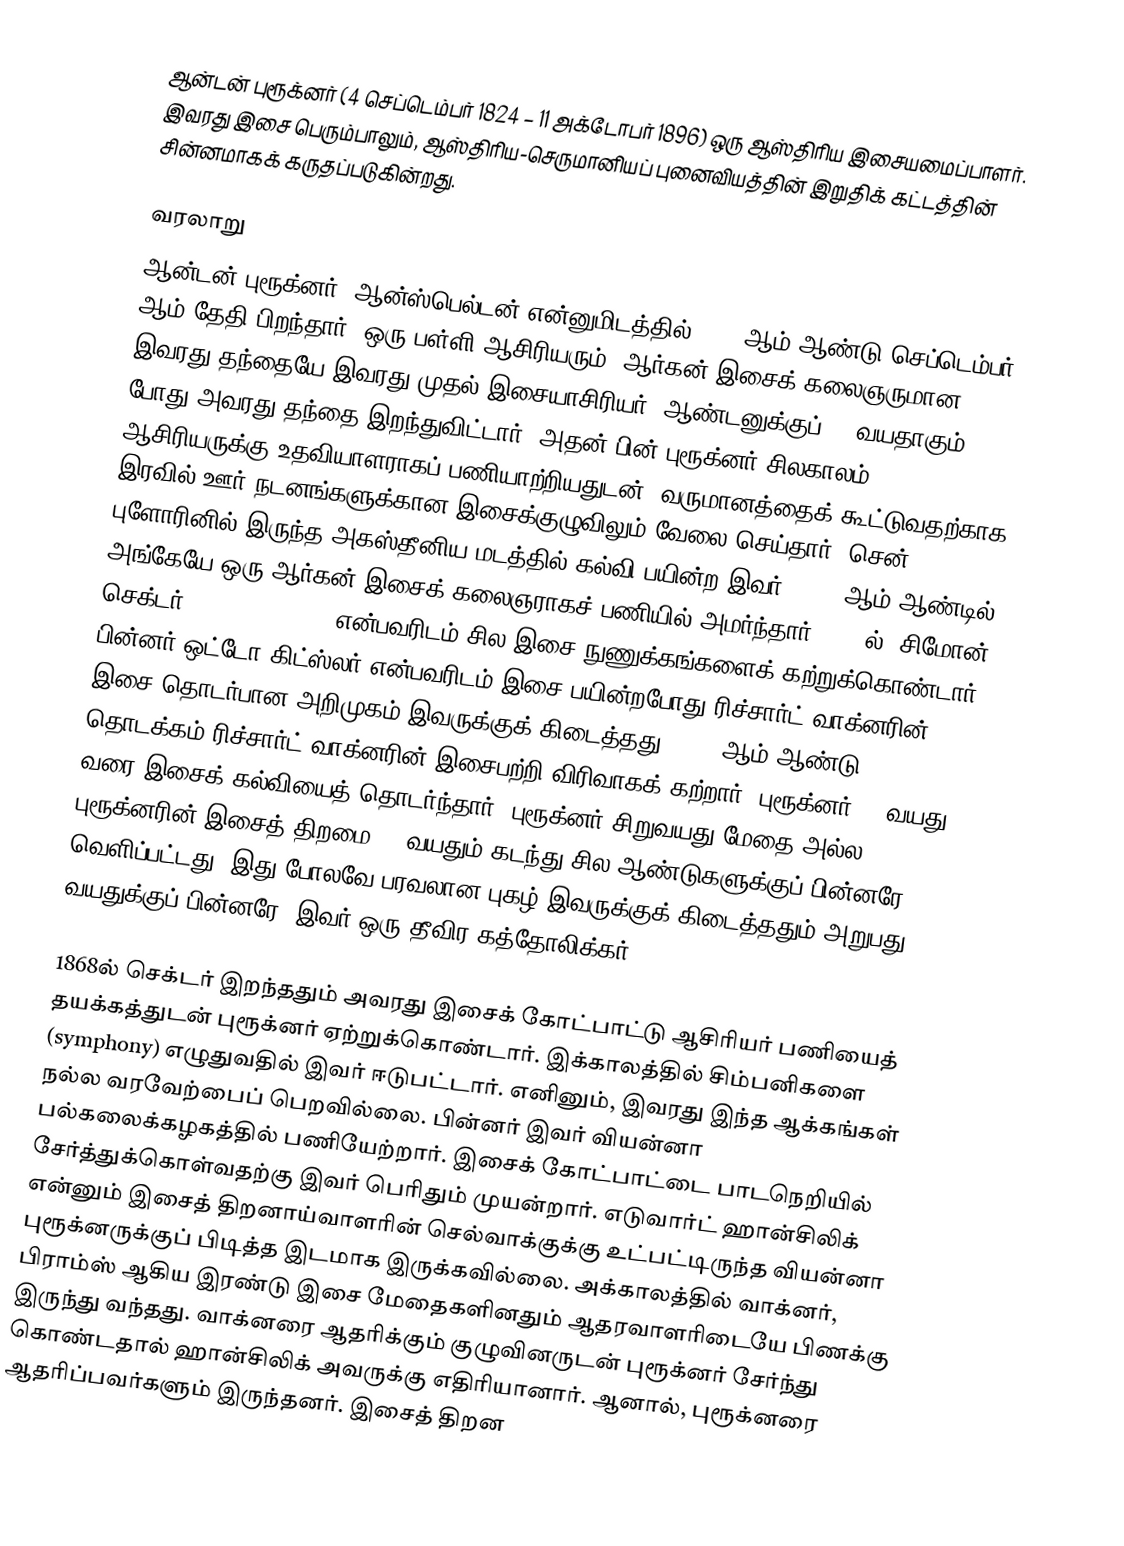
ஆன்டன் புரூக்னர் (4 செப்டெம்பர் 1824 – 11 அக்டோபர் 1896) ஒரு ஆஸ்திரிய இசையமைப்பாளர். இவரது இசை பெரும்பாலும், ஆஸ்திரிய-செருமானியப் புனைவியத்தின் இறுதிக் கட்டத்தின் சின்னமாகக் கருதப்படுகின்றது.

வரலாறு
ஆன்டன் புரூக்னர், ஆன்ஸ்பெல்டன் என்னுமிடத்தில் 1824 ஆம் ஆண்டு செப்டெம்பர் 4 ஆம் தேதி பிறந்தார். ஒரு பள்ளி ஆசிரியரும், ஆர்கன் இசைக் கலைஞருமான இவரது தந்தையே இவரது முதல் இசையாசிரியர். ஆண்டனுக்குப் 13 வயதாகும் போது அவரது தந்தை இறந்துவிட்டார். அதன் பின் புரூக்னர் சிலகாலம் ஆசிரியருக்கு உதவியாளராகப் பணியாற்றியதுடன், வருமானத்தைக் கூட்டுவதற்காக இரவில் ஊர் நடனங்களுக்கான இசைக்குழுவிலும் வேலை செய்தார். சென். புளோரினில் இருந்த அகஸ்தீனிய மடத்தில் கல்வி பயின்ற இவர், 1851 ஆம் ஆண்டில் அங்கேயே ஒரு ஆர்கன் இசைக் கலைஞராகச் பணியில் அமர்ந்தார். 1855ல், சிமோன் செக்டர் (Simon Sechter) என்பவரிடம் சில இசை நுணுக்கங்களைக் கற்றுக்கொண்டார். பின்னர் ஒட்டோ கிட்ஸ்லர் என்பவரிடம் இசை பயின்றபோது ரிச்சார்ட் வாக்னரின் இசை தொடர்பான அறிமுகம் இவருக்குக் கிடைத்தது. 1863 ஆம் ஆண்டு தொடக்கம் ரிச்சார்ட் வாக்னரின் இசைபற்றி விரிவாகக் கற்றார். புரூக்னர் 40 வயது வரை இசைக் கல்வியைத் தொடர்ந்தார். புரூக்னர் சிறுவயது மேதை அல்ல. புரூக்னரின் இசைத் திறமை 40 வயதும் கடந்து சில ஆண்டுகளுக்குப் பின்னரே வெளிப்பட்டது. இது போலவே பரவலான புகழ் இவருக்குக் கிடைத்ததும் அறுபது வயதுக்குப் பின்னரே. இவர் ஒரு தீவிர கத்தோலிக்கர்.

1868ல் செக்டர் இறந்ததும் அவரது இசைக் கோட்பாட்டு ஆசிரியர் பணியைத் தயக்கத்துடன் புரூக்னர் ஏற்றுக்கொண்டார். இக்காலத்தில் சிம்பனிகளை (symphony) எழுதுவதில் இவர் ஈடுபட்டார். எனினும், இவரது இந்த ஆக்கங்கள் நல்ல வரவேற்பைப் பெறவில்லை. பின்னர் இவர் வியன்னா பல்கலைக்கழகத்தில் பணியேற்றார். இசைக் கோட்பாட்டை பாடநெறியில் சேர்த்துக்கொள்வதற்கு இவர் பெரிதும் முயன்றார். எடுவார்ட் ஹான்சிலிக் என்னும் இசைத் திறனாய்வாளரின் செல்வாக்குக்கு உட்பட்டிருந்த வியன்னா புரூக்னருக்குப் பிடித்த இடமாக இருக்கவில்லை. அக்காலத்தில் வாக்னர், பிராம்ஸ் ஆகிய இரண்டு இசை மேதைகளினதும் ஆதரவாளரிடையே பிணக்கு இருந்து வந்தது. வாக்னரை ஆதரிக்கும் குழுவினருடன் புரூக்னர் சேர்ந்து கொண்டதால் ஹான்சிலிக் அவருக்கு எதிரியானார். ஆனால், புரூக்னரை ஆதரிப்பவர்களும் இருந்தனர். இசைத் திறன